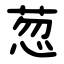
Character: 䓤